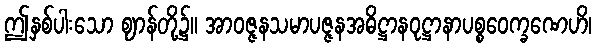
ဤနှစ်ပါးသော ဈာန်တို့၌။ အာဝဇ္ဇနသမာပဇ္ဇနအဓိဋ္ဌာနဝုဋ္ဌာနာပစ္စဝေက္ခဏေဟိ၊